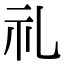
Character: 礼